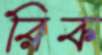
রিক